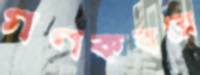
গণকবরে